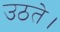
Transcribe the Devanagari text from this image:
उठते।